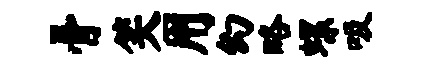
骨笑用幻略螺吸